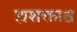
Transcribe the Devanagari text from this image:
ह्यशक्ताश्च